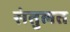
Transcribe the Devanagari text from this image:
संतुलत